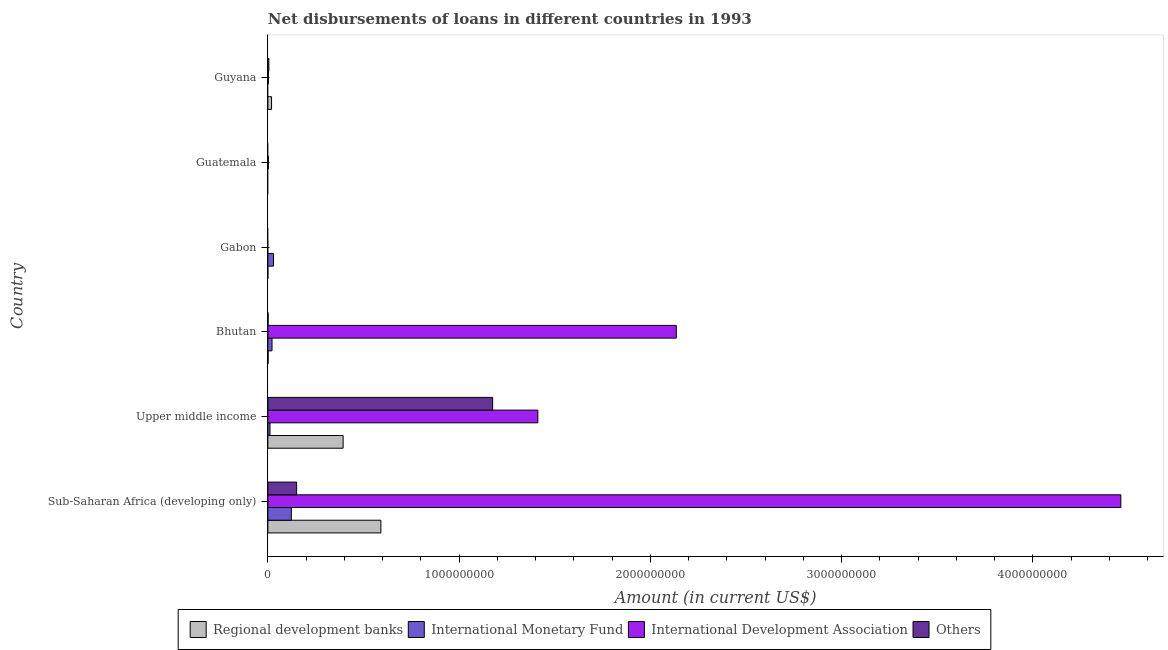
| Country | Regional development banks | International Monetary Fund | International Development Association | Others |
 | --- | --- | --- | --- | --- |
 | Sub-Saharan Africa (developing only) | 5.91e+08 | 1.23e+08 | 4.46e+09 | 1.51e+08 |
 | Upper middle income | 3.94e+08 | 1.13e+07 | 1.41e+09 | 1.18e+09 |
 | Bhutan | 1.58e+06 | 2.19e+07 | 2.14e+09 | 1.32e+06 |
 | Gabon | 1.06e+05 | 2.96e+07 | -7.06e+05 | -4.25e+06 |
 | Guatemala | -5.32e+06 | -1.14e+07 | 2.72e+06 | -5.86e+06 |
 | Guyana | 1.94e+07 | -3.23e+06 | 3.42e+06 | 5.28e+06 |